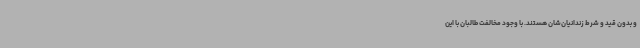
و بدون قید و شرط زندانیان‌شان هستند. با وجود مخالفت طالبان با این